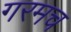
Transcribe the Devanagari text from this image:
गरमच